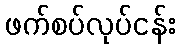
ဖက်စပ်လုပ်ငန်း